Medical and sanitary report on the native army of Bombay for the year
Year: 1877
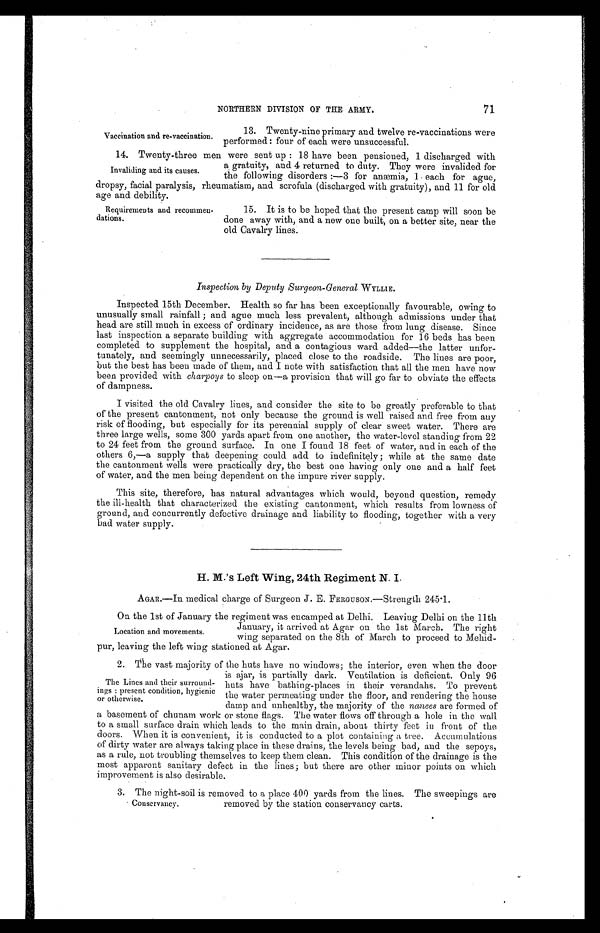
71
NORTHERN DIVISION OF THE ARMY.
Vaccination and re-vaccination.
13. Twenty-nine primary and twelve re-vaccinations were
performed: four of each were unsuccessful.
14. Twenty-three men were sent up: 18 have been pensioned, 1 discharged with
a gratuity, and 4 returned to duty. They were invalided for
the following disorders:—3 for anæmia, 1 each for ague,
dropsy, facial paralysis, rheumatism, and scrofula (discharged with gratuity), and 11 for old
age and debility.
Invaliding and its causes.
Requirements and recommen
-dations.
15. It is to be hoped that the present camp will soon be
done away with, and a new one built, on a better site, near the
old Cavalry lines.
Inspection by Deputy Surgeon-General W YLLIE.
Inspected 15th December. Health so far has been exceptionally favourable, owing to
unusually small rainfall; and ague much less prevalent, although admissions under that
head are still much in excess of ordinary incidence, as are those from lung disease. Since
last inspection a separate building with aggregate accommodation for 16 beds has been
completed to supplement the hospital, and a contagious ward added—the latter unfor
-tunately, and seemingly unnecessarily, placed close to the roadside. The lines are poor,
but the best has been made of them, and I note with satisfaction that all the men have now
been provided with charpoys to sleep on—a provision that will go far to obviate the effects
of dampness.
I visited the old Cavalry lines, and consider the site to be greatly preferable to that
of the present cantonment, not only because the ground is well raised and free from any
risk of flooding, but especially for its perennial supply of clear sweet water. There are
three large wells, some 300 yards apart from one another, the water-level standing from 22
to 24 feet from the ground surface. In one I found 18 feet of water, and in each of the
others 6,—a supply that deepening could add to indefinitely; while at the same date
the cantonment wells were practically dry, the best one having only one and a half feet
of water, and the men being dependent on the impure river supply.
This site, therefore, has natural advantages which would, beyond question, remedy
the ill-health that characterized the existing cantonment, which results from lowness of
ground, and concurrently defective drainage and liability to flooding, together with a very
bad water supply.
H. M.'s Left Wing, 24th Regiment N. I.
AGAR.—In medical charge of Surgeon J. E. FERGUSON.—Strength 245.1.
On the 1st of January the regiment was encamped at Delhi. Leaving Delhi on the 11th
January, it arrived at Agar on the 1st March. The right
wing separated on the 8th of March to proceed to Mehid
-pur, leaving the left wing stationed at Agar.
2. The vast majority of the huts have no windows; the interior, even when the door
is ajar, is partially dark. Ventilation is deficient. Only 96
huts have bathing-places in their verandahs. To prevent
the water permeating under the floor, and rendering the house
damp and unhealthy, the majority of the nanees are formed of
a basement of chunam work or stone flags. The water flows off through a hole in the wall
to a small surface drain which leads to the main drain, about thirty feet in front of the
doors. When it is convenient, it is conducted to a plot containing a tree. Accumulations
of dirty water are always taking place in these drains, the levels being bad, and the sepoys,
as a rule, not troubling themselves to keep them clean. This condition of the drainage is the
most apparent sanitary defect in the lines; but there are other minor points on which
improvement is also desirable.
Location and movements.
The Lines and their surround
-ings: present condition, hygienic
or otherwise.
3. The night-soil is removed to a place 400 yards from the lines. The sweepings are
removed by the station conservancy carts.
Conservancy.